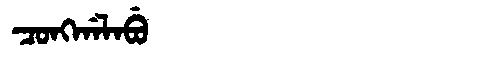
Manchu: ᠴᠣᠩᡤᠠᠯᠠᠪᡠ
Romanization: CONGGALABU